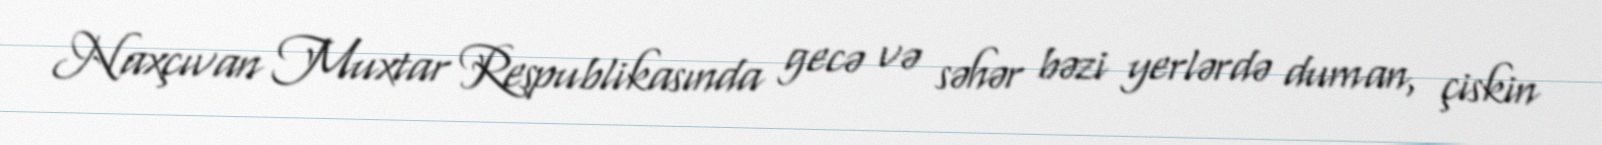
Naxçıvan Muxtar Respublikasında gecə və səhər bəzi yerlərdə duman, çiskin